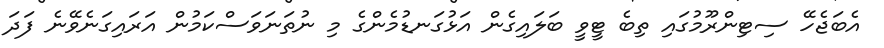
އެބަޖެހޭ ސިޓިންރޫމުގައި ތިބެ ޓީވީ ބަލައިގެން އަޅުގަނޑުމެންގެ މި ނުތަނަވަސްކަމުން އަރައިގަނެވޭނެ ފަދަ